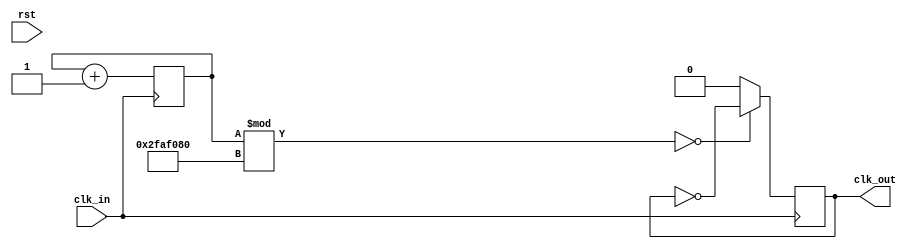
//Wenduo Yang(wyang73@gatech.edu)
module divideClock(clk_in, clk_out, rst);
	parameter freq = 1'd1;	// in hz

	input clk_in, rst;
	output clk_out;
	reg[31:0] ct;
	
	reg clk_out;
	always @(posedge clk_in) begin
		clk_out <= 0;
		if (ct % (32'd100000000 / (freq * 2)) == 0) begin
			clk_out <= ~clk_out;
			ct <= 32'b0;
		end		
		ct <= ct + 1'd1;
	end
endmodule